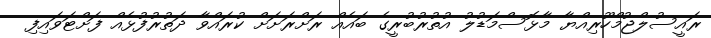
ރައީސުލްޖުމްހޫރިއްޔާ މާޅޮސްމަޑުލު އުތުރުބުރީގެ ބައެއް ރަށްރަށަށް ކުރައްވާ ދަތުރުފުޅެއް ފަށްޓަވައިފި